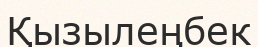
Қызылеңбек